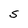
Character: S